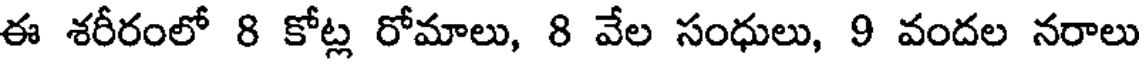
ఈ శరీరంలో 8 కోట్ల రోమాలు, 8 వేల సంధులు, 9 వందల నరాలు